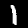
Label: 1